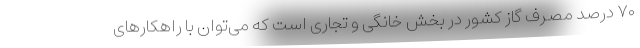
۷۰ درصد مصرف گاز کشور در بخش خانگی و تجاری است که می‌توان با راهکارهای